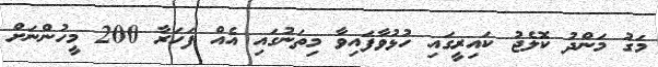
މަގު މަންދު ކޮލެޖު ކައިރީގައި ހުޅުވާފައިވާ މިތަނުގައި އެއް ފަހަރާ 200 މީހުންނަށް